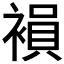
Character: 𧜘